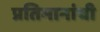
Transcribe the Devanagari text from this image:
प्रतिमानांची